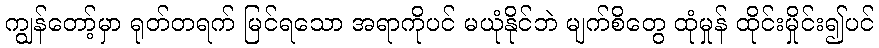
ကျွန်တော့်မှာ ရုတ်တရက် မြင်ရသော အရာကိုပင် မယုံနိုင်ဘဲ မျက်စိတွေ ထုံမှုန် ထိုင်းမှိုင်း၍ပင်